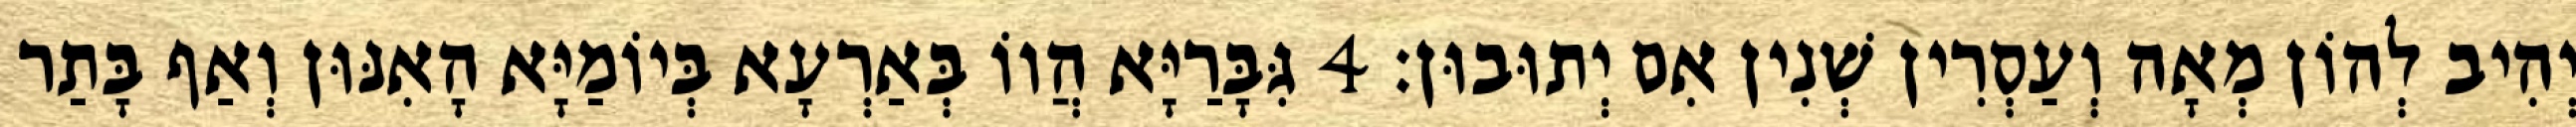
יְהִיב לְהוֹן מְאָה וְעַסְרִין שְׁנִין אִם יְתוּבוּן׃ 4 גִּבָּרַיָּא הֲווֹ בְּאַרְעָא בְּיוֹמַיָּא הָאִנּוּן וְאַף בָּתַר